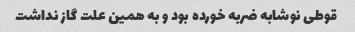
قوطی نوشابه ضربه خورده بود و به همین علت گاز نداشت